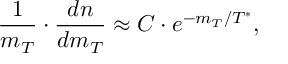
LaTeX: \frac { 1 } { m _ { T } } \cdot \frac { d n } { d m _ { T } } \approx C \cdot e ^ { - m _ { T } / T ^ { * } } ,